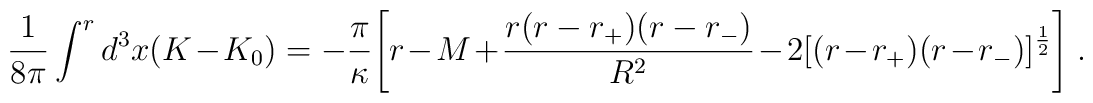
\frac{1}{8 \pi} \int^{r} d^{3}x (K - K_{0}) =-\frac{\pi}{\kappa}\Biggl[  r - M + \frac{r(r-r_+)(r-r_-)}{R^2} - 2[(r-r_+)(r-r_-)]^{\frac{1}{2}}\Biggr] \ .